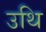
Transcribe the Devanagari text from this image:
उथि